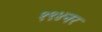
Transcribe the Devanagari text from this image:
१९४नर